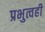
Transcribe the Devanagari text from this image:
प्रभुत्वही